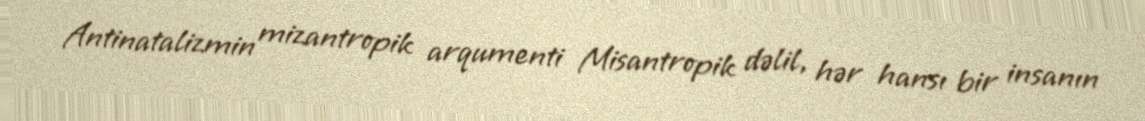
Antinatalizmin mizantropik arqumenti Misantropik dəlil, hər hansı bir insanın